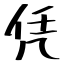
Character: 凭